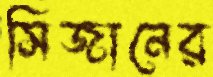
সিজানের